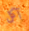
آكل